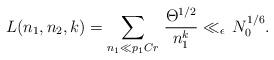
LaTeX: \begin{align*}L(n_1,n_2,k) = \sum_{n_1 \ll p_1Cr}\, \frac{\Theta^{1/2}}{n^k_1} \ll_{\epsilon} \, N^{1/6}_0 .\end{align*}